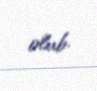
olub.